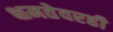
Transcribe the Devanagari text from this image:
क्षमतेवरही